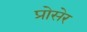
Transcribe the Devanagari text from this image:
प्रोसेर